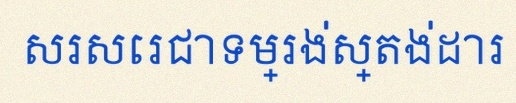
សរសេរជាទម្រង់ស្តង់ដារ